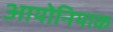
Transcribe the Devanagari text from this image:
आयोनियाक